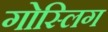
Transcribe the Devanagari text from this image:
गोस्लिग